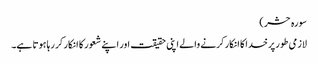
سورہ حشر )
لازمی طور پر خدا کا انکار کرنے والے اپنی حقیقت اور اپنے شعور کا انکار کر رہا ہوتا ہے۔